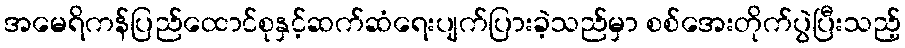
အမေရိကန်ပြည်ထောင်စုနှင့်ဆက်ဆံရေးပျက်ပြားခဲ့သည်မှာ စစ်အေးတိုက်ပွဲပြီးသည့်